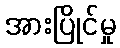
အားပြိုင်မှု